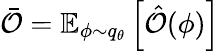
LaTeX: \bar{\mathcal{O}}=\mathbb{E}_{\phi\sim q_{\theta}}\left[\hat{\mathcal{O}}(\phi)\right]